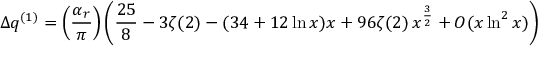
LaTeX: \Delta q ^ { ( 1 ) } = \left( \frac { \alpha _ { r } } { \pi } \right) \left( \frac { 2 5 } { 8 } - 3 \zeta ( 2 ) - ( 3 4 + 1 2 \ln x ) x + 9 6 \zeta ( 2 ) \, x ^ { \frac { 3 } { 2 } } + { \cal O } ( x \ln ^ { 2 } x ) \right)